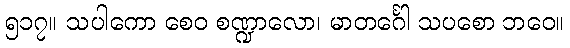
၅၁၇။ သပါကော စေဝ စဏ္ဍာလော၊ မာတင်္ဂေါ သပစော ဘဝေ။